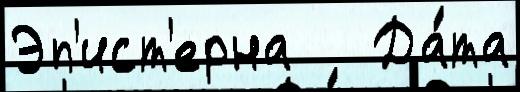
Эп'ист'ерна   Да́та